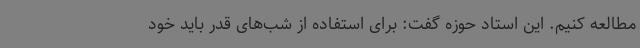
مطالعه کنیم. این استاد حوزه گفت: برای استفاده از شب‌های قدر باید خود